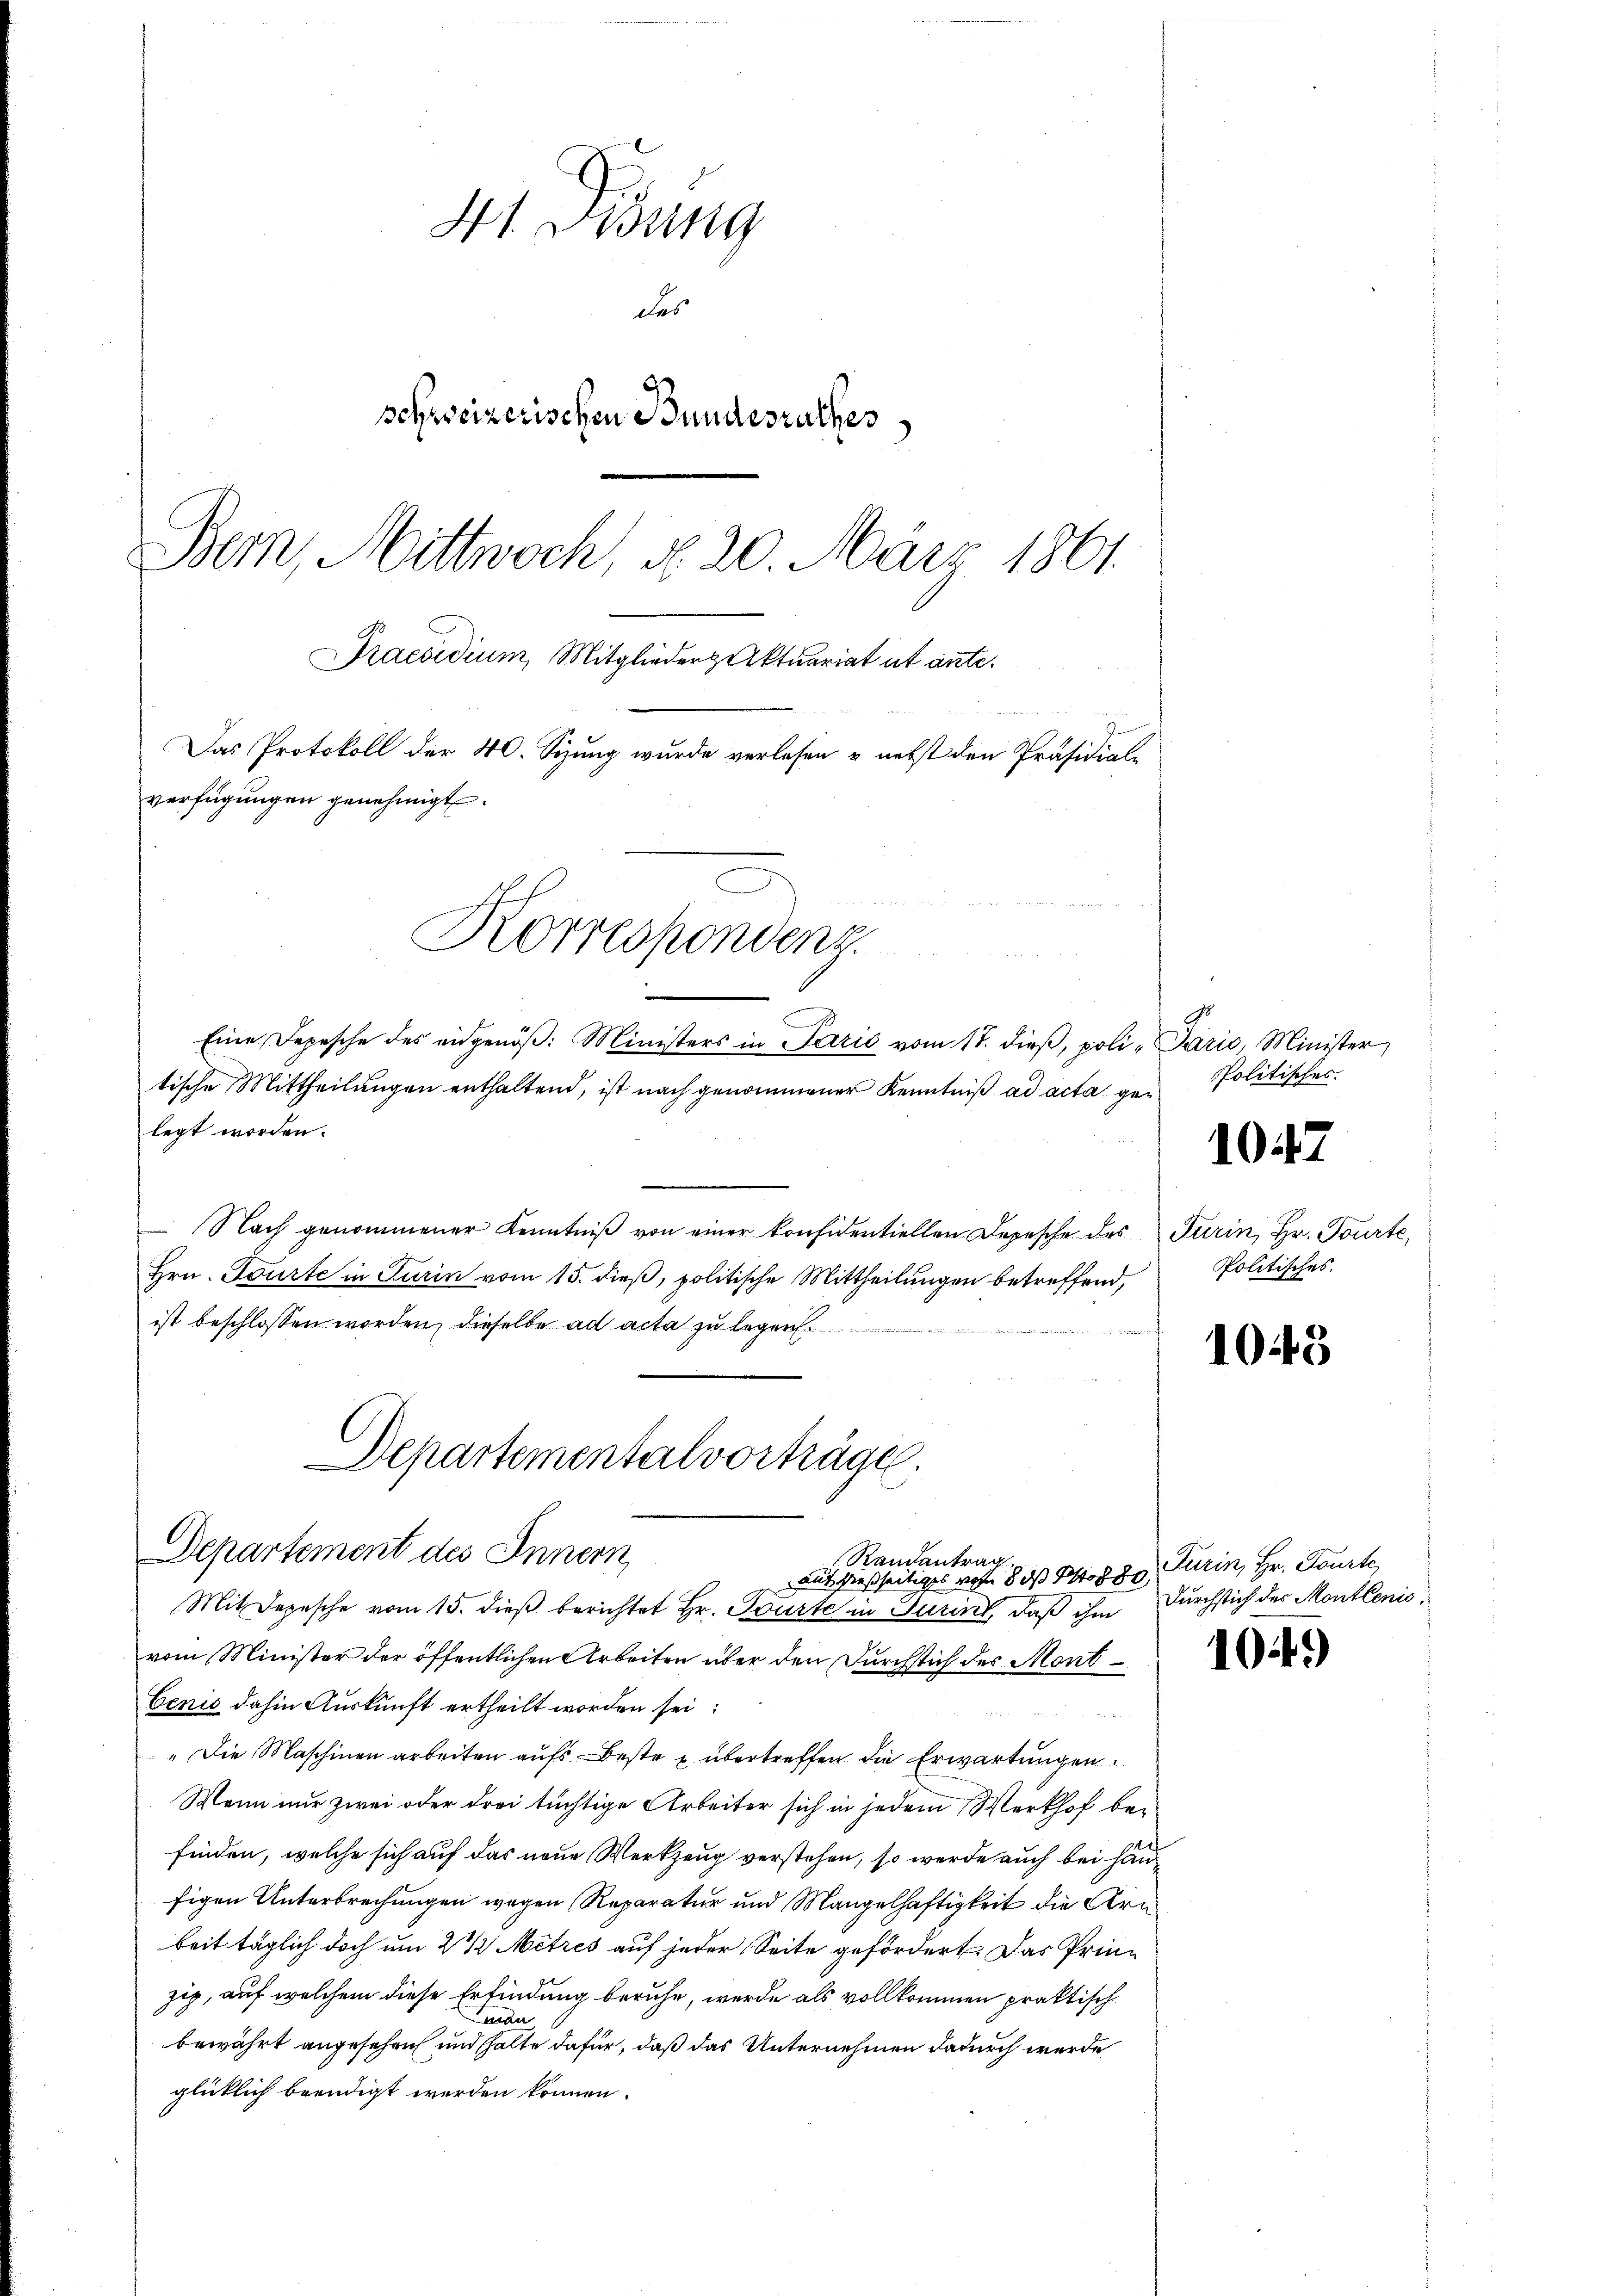
41 Didung
das
schweizerischen Bundesrathes
Bern, Mittwoch, d. 20. März 1861.
Praesidium, Mitglieder aktuariat et ante.
Das Protokoll der 40. Sizung wurde verlesen & nebst den Präsidial-
verfügungen genehmigt.

Eine Depesche des eidgenöß: Ministers in Parić vom 17. dieβ, poli-Paris, Minister
tische Mittheilungen enthaltend, ist nach genommener Kenntniß ad acta gelegt worden.
Nach genommener Kenntniß von einer konsidentiellen Depesche des
Hrn. Tourte in Turin vom 15. dieß, politische Mittheilungen betreffend,
ist beschlossen worden, dieselbe ad acta zu legen
Departementalvorträge.

Korrespondenz.

Departement des Innern
Randantrag
aus dießseitiges von 8 os 148880,
Mit Depesche vom 15. dieß berichtet Hr. Tourte in Turin, daß ihm

Politisches.

vom Minister der öffentlichen Arbeiten über den Durchstich des Mont¬
Cenis dahin Auskunft ertheilt worden sei:
1
"Die Maschinen arbeiten aufs Beste u. übertreffen die Erwartungen.
Wenn nur zwei oder drei tüchtige Arbeiter sich in jedem Werkhof befinden, welche sich auf das neue Werkzeug verstehen, so werde auch bei Hänfigen Unterbrechungen wegen Reparatur und Mangelhaftigkeit die Arn
beit täglich doch um 2 1/2 Metzes auf jeder Seite gefördert. Das Prinzig, auf welchem diese Erfindung beruhe, werde als vollkommen praktische
man
bewährt angesehen und halte dafür, daß das Unternehmen dadurch werde
glücklich beendigt werden können.

1047

Turin, Hr. Tourte,
Politisches.

1048

Turin, Hr. Tourte
Durchstich des Montlenis

104)